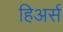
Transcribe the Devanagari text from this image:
हिअर्स